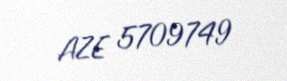
AZE 5709749